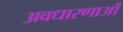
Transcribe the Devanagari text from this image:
अवधारणाऒं